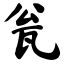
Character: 瓮